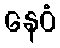
နေဝံ